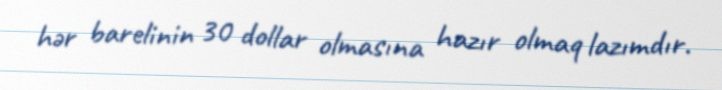
hər barelinin 30 dollar olmasına hazır olmaq lazımdır.